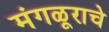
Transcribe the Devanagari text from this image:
मंगळूराचे